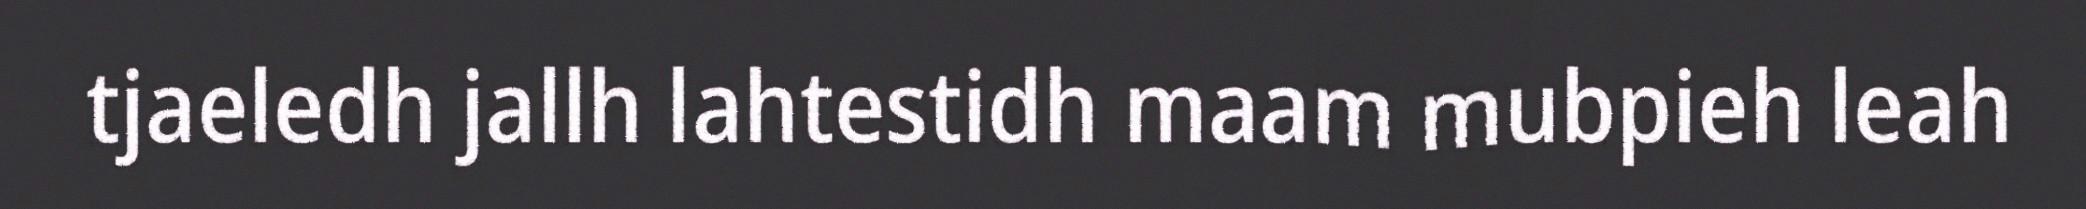
tjaeledh jallh lahtestidh maam mubpieh leah